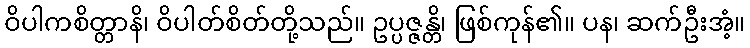
ဝိပါကစိတ္တာနိ၊ ဝိပါတ်စိတ်တို့သည်။ ဥပ္ပဇ္ဇန္တိ၊ ဖြစ်ကုန်၏။ ပန၊ ဆက်ဦးအံ့။